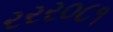
રરર૦૮૧